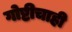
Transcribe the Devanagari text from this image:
गोष्टीचाही